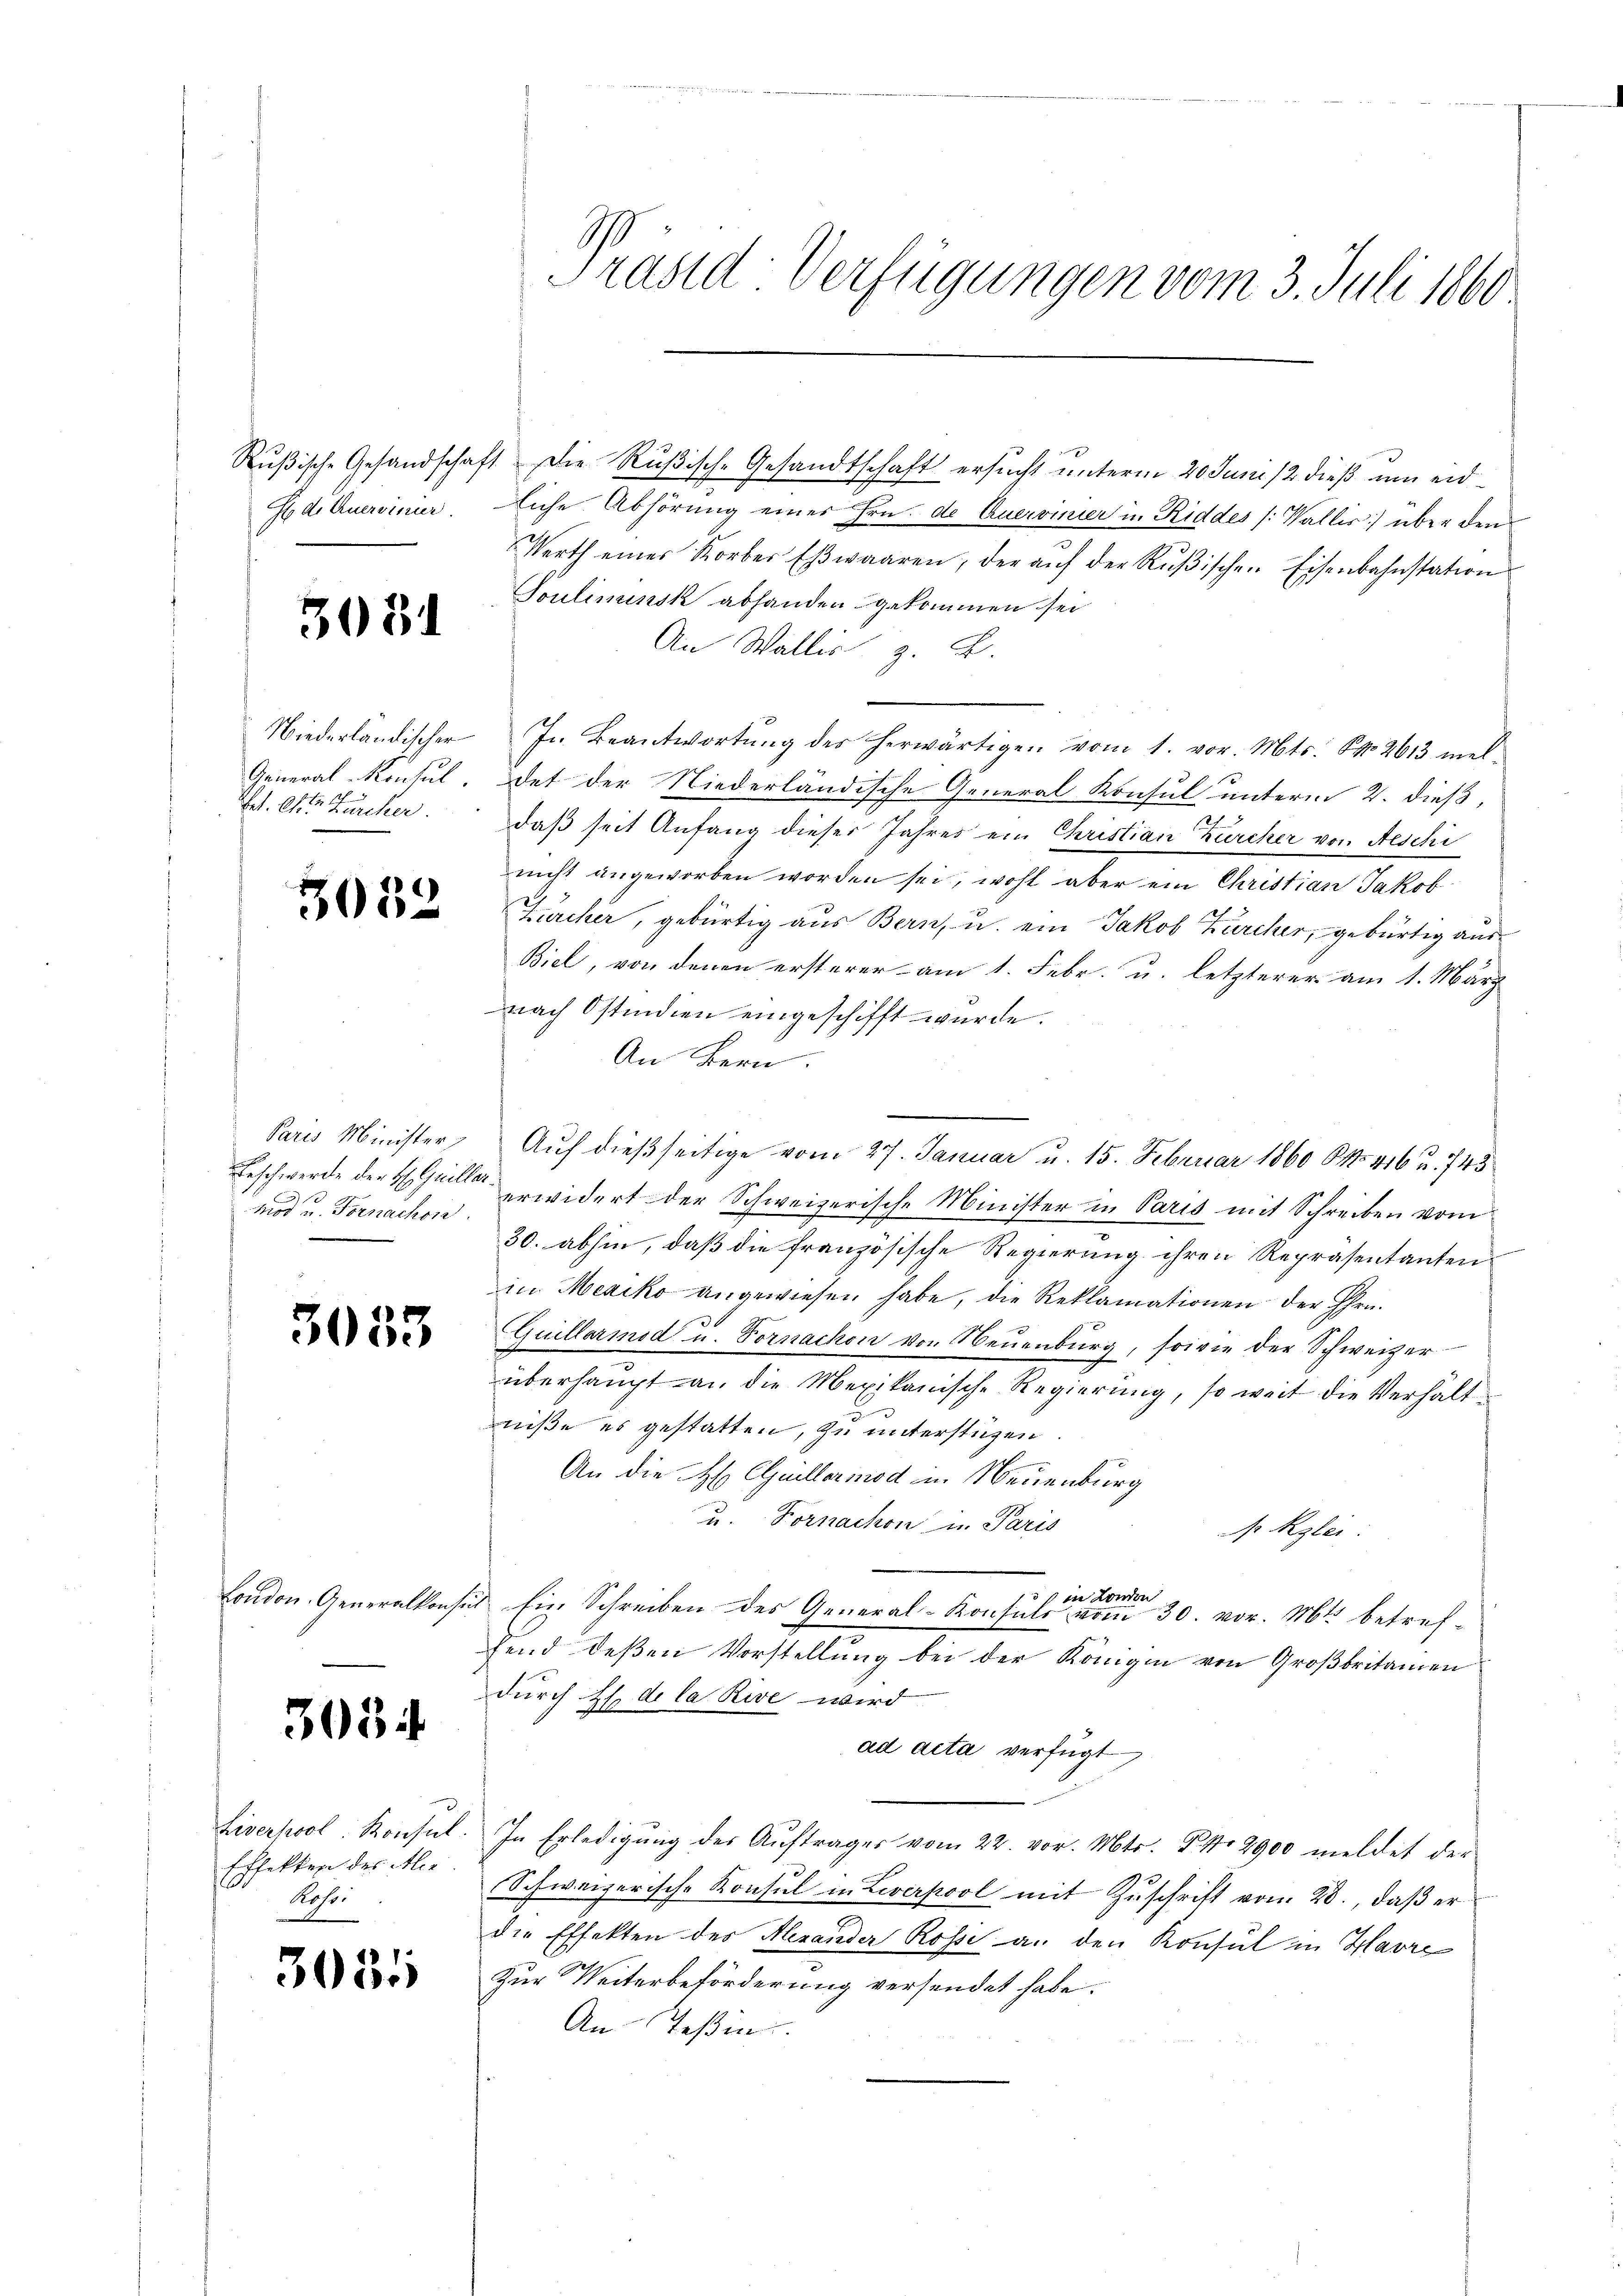
3031

3052

Mod u. Fornachsi

3033

3034

Effekten des Alee.
Roso.

3051

Godetruerdinier. Eiche Abhörung einer Hrn. de Querdinier in Riddes (Wallis über den
Werth eines Korber Eβwaaren, der aŭf der Rŭβischen Eisenbahnstation
Toulimensk abhanden gekommen sei
An Wallis z. B.
e
Niederländischer Jr. Beantwortung des herwärtigen vom 1. vor. Mts. S. 2613 mel
General-Konsul. Det der Niederländische General Konsul unterm 2. dieß,
Z. er Zucker. daß seit Anfang dieser Jahres ein Christian Zürcher von Aeschi
nicht angeworben worden sei, wohl aber ein Christian Jakob
Kircher, gebürtig aus Bern, u. ein Jakob Zürcher, gebürtig aus
Biel, von denen ersterer am 1. Febr. u. letzterer am 1. März
nach Ostindien eingeschifft wurde.
An Bern.
Paris Minister, Auf dießseitige vom 27. Januar u. 15. Februar 1860 No 416 u. 743
Beschwerde der Halle erwidert der Schweizerische Minister in Paris mit Schreiben vom
30. abhin, daß die französische Regierung ihren Repräsentanten
in Mexiko angewiesen habe, die Reklamationen der Ehrn.
Quillarmod u. Fornachen von Neuenburg, sowie der Schweizer
überhaupt an die Mexikanische Regierung, so weit die Verhältniße es gestatten, zu unterstüzen.
An die H. Guillermod in Neuenburg
u. Fornachen u. Paris
d Rglei
ds in London
London. Generalkonses Ein Schreiben des General-Konsuls vom 30. vor. Mts. betref-
fend deßen Vorstellung bei der Königin von Großbritainen
durch H. de la Rive wird
ad acta verfügt
Liverpol. Konsul. In Erledigŭng des Aŭftrages vom 22. vor. Mts. S. Nr. 2900 meldet der
Schweizerische Konsul in Liverpool mit Zuschrift vom 23., daß er
die Effekten des Herander Rosse an den Konsul in Havre
Zur Weiterbeförderung versendet habe.
An Teßin.

Präsid. Verfügungen vom 3. Juli 1860

Rußische Gesandschaft. Die Rußisch-Gesandtschaft ersucht unterm 20 Junis dieß um eid¬